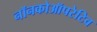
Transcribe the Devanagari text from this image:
नॉनकोऑपरेटिव